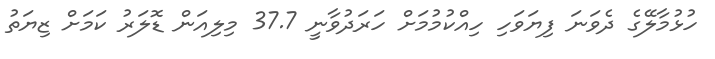
ހުޅުމާލޭގެ ދެވަނަ ފިޔަވަހި ހިއްކުމުމަށް ހަރަދުވާނީ 37.7 މިލިއަން ޑޮލަރު ކަމަށް ޒިޔަތު